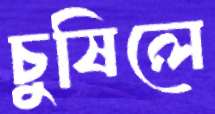
চুষিলে